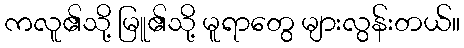
ကလူ၏သို့ မြူ၏သို့ မူရာတွေ များလွန်းတယ်။